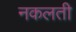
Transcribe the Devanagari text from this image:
नकलती